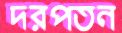
দরপতন